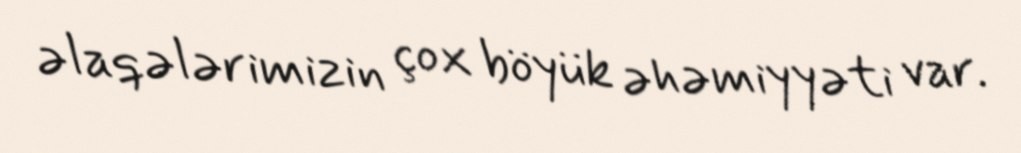
əlaqələrimizin çox böyük əhəmiyyəti var.